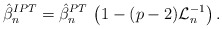
\begin{align*}\hat{\beta}_n^{IPT} = \hat{\beta}_n^{PT}\, \left(1-(p-2)\mathcal{L}_n^{-1} \right).\end{align*}